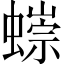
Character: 𧐿